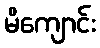
မိကျောင်း